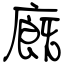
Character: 廐